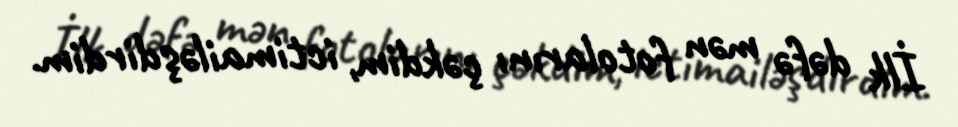
İlk dəfə mən fotolarını çəkdim, ictimailəşdirdim.